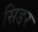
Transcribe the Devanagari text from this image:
सिडर